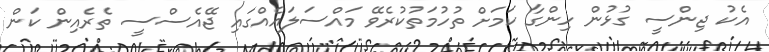
އެކު ޖިންސީ ގުޅުން ހިންގާ ކަމަށް ތުހުމަތުކުރެވޭ މައްސަލައެއްގައި ޖޭއެސްސީ ތެރެއިން ކަން